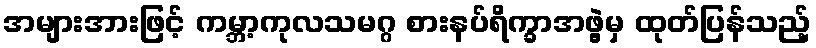
အများအားဖြင့် ကမ္ဘာ့ကုလသမဂ္ဂ စားနပ်ရိက္ခာအဖွဲ့မှ ထုတ်ပြန်သည့်